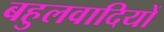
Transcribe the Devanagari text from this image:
बहुलवादियों